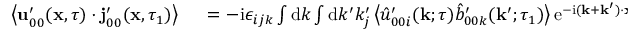
\begin{array} { r l } { \left\langle \mathbf { u } _ { 0 0 } ^ { \prime } ( \mathbf { x } , \tau ) \cdot \mathbf { j } _ { 0 0 } ^ { \prime } ( \mathbf { x } , \tau _ { 1 } ) \right\rangle } & { { } \, \, = - \mathrm { i } \epsilon _ { i j k } \int \mathrm { d } k \int \mathrm { d } k ^ { \prime } k _ { j } ^ { \prime } \left\langle \hat { u } _ { 0 0 i } ^ { \prime } ( \mathbf { k } ; \tau ) \hat { b } _ { 0 0 k } ^ { \prime } ( \mathbf { k } ^ { \prime } ; \tau _ { 1 } ) \right\rangle \mathrm { e } ^ { - \mathrm { i } ( \mathbf { k } + \mathbf { k } ^ { \prime } ) \cdot \mathbf { x } } } \end{array}